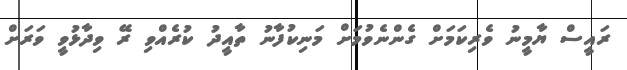
ރައީސް ޔާމީނު ވެރިކަމަށް ގެންނެވުމަށް މަނިކުފާނު ތާއީދު ކުރެއްވި ރޭ ވިދާޅުވީ ވަރަށް